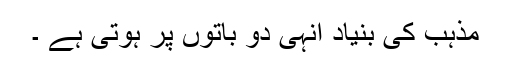
مذہب کی بنیاد انہی دو باتوں پر ہوتی ہے ۔